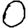
Digit: 0